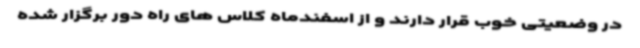
در وضعیتی خوب قرار دارند و از اسفندماه کلاس های راه دور برگزار شده